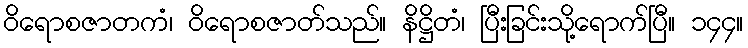
ဝိရောစဇာတကံ၊ ဝိရောစဇာတ်သည်။ နိဋ္ဌိတံ၊ ပြီးခြင်းသို့ရောက်ပြီ။ ၁၄၄။